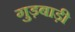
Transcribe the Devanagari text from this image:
गुड़बाड़ी